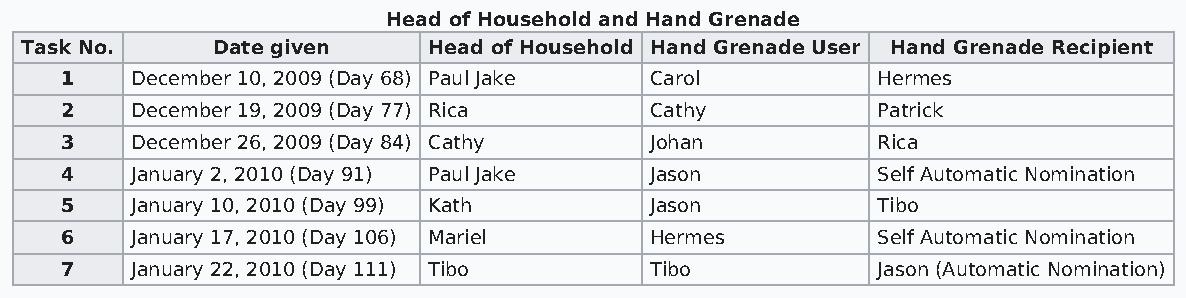
Head of Household and Hand Grenade
 Task No.     Date given    Head of Household Hand Grenade User Hand Grenade Recipient
 1    December 10, 2009 (Day 68) Paul Jake Carol       Hermes
 2    December 19, 2009 (Day 77) Rica   Cathy          Patrick
 3    December 26, 2009 (Day 84) Cathy  Johan          Rica
 4    January 2, 2010 (Day 91) Paul Jake Jason         Self Automatic Nomination
 5    January 10, 2010 (Day 99) Kath    Jason          Tibo
 6    January 17, 2010 (Day 106) Mariel Hermes         Self Automatic Nomination
 7    January 22, 2010 (Day 111) Tibo   Tibo           Jason (Automatic Nomination)